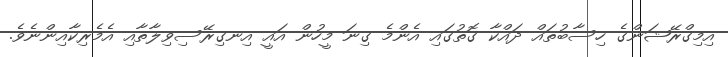
އިމިގްރޭޝަންގެ ހިސާބުތައް ދައްކާ ގޮތުގައި އެންމެ ގިނަ މީހުން އައީ އިނގިރޭސިވިލާތާއި އެމެރިކާއިންނެވެ.